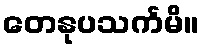
တေနုပသင်္ကမိ။